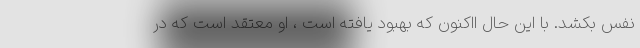
نفس بکشد. با این حال ااکنون که بهبود یافته است ، او معتقد است که در